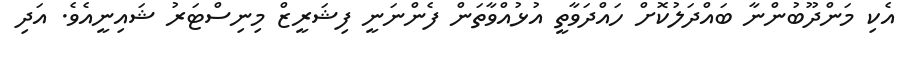
އެކި މަންދޫބުންނާ ބައްދަލުކޮށް ހައްދަވާތީ އުޅުއްވާތަން ފެންނަނީ ފިޝަރީޒް މިނިސްޓަރު ޝައިނީއެވެ. އަދި